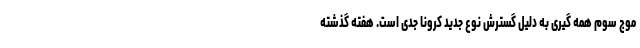
موج سوم همه گیری به دلیل گسترش نوع جدید کرونا جدی است. هفته گذشته